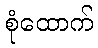
စုံထောက်